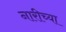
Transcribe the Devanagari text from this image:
नारीच्या